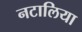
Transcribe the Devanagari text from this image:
नटालिया